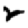
Digit: 2